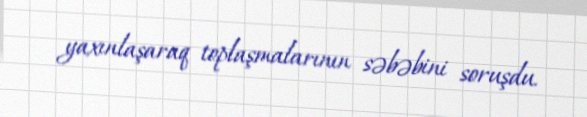
yaxınlaşaraq toplaşmalarının səbəbini soruşdu.